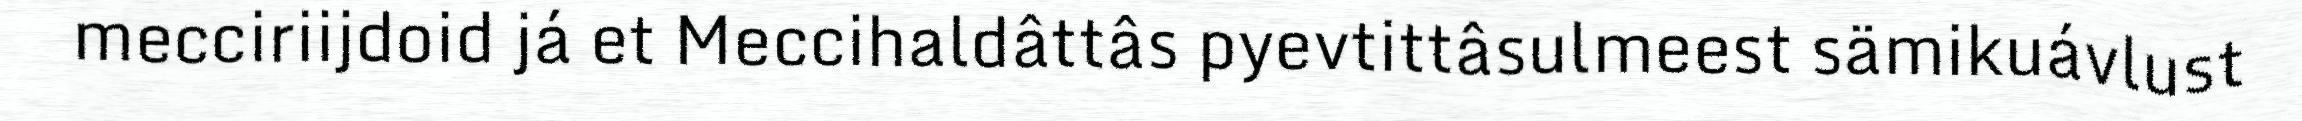
mecciriijdoid já et Meccihaldâttâs pyevtittâsulmeest sämikuávlust